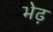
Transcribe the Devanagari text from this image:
भेढ़